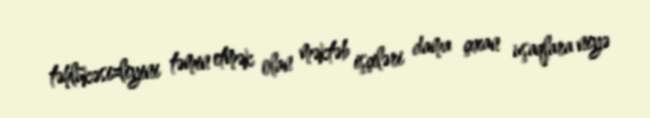
təhlükəsizliyini təmin etmək olan məktəb işçiləri dama çıxan uşaqlara niyə